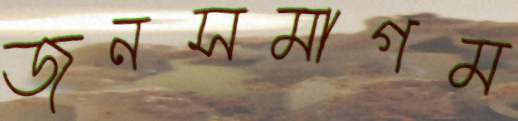
জনসমাগম